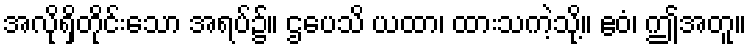
အလိုရှိတိုင်းသော အရပ်၌။ ဌပေသိ ယထာ၊ ထားသကဲ့သို့။ ဧဝံ၊ ဤအတူ။